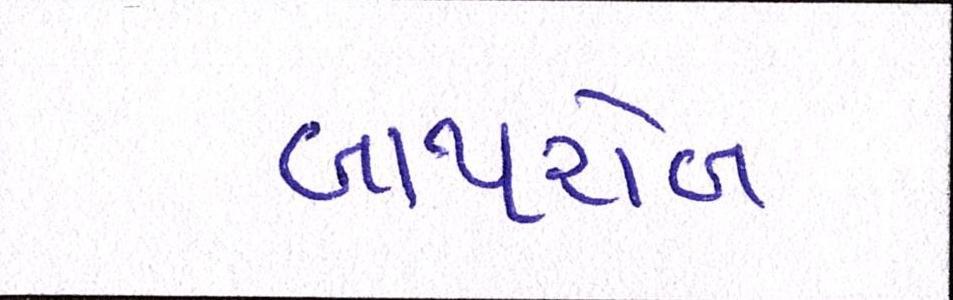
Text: બાથરોબ